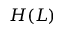
H ( L )